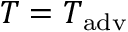
T = T _ { \mathrm { a d v } }